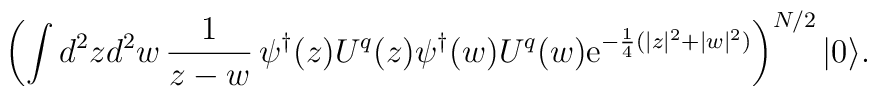
\left(\int d^2z d^2w \,{1\over z-w} \,\psi^\dagger(z)U^q(z)\psi^\dagger(w)U^q(w) {\rm e}^{-{1\over 4}(|z|^2+|w|^2)}\right)^{N/2}|0\rangle.